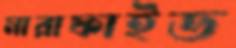
মারাফাইড